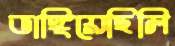
ভাঙ্গিয়েছিলি